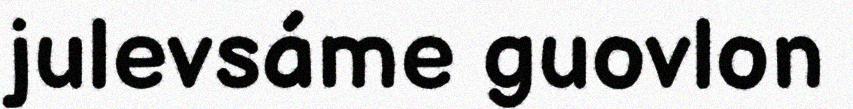
julevsáme guovlon